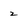
Character: 2